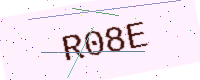
Text: R08E